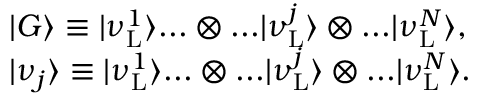
\begin{array} { r l } & { | G \rangle \equiv | \nu _ { \mathrm { L } } ^ { 1 } \rangle . . . \otimes . . . | \nu _ { \mathrm { L } } ^ { j } \rangle \otimes . . . | \nu _ { \mathrm { L } } ^ { N } \rangle , } \\ & { | \nu _ { j } \rangle \equiv | \nu _ { \mathrm { L } } ^ { 1 } \rangle . . . \otimes . . . | \nu _ { \mathrm { L } } ^ { j } \rangle \otimes . . . | \nu _ { \mathrm { L } } ^ { N } \rangle . } \end{array}